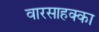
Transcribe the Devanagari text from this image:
वारसाहक्का